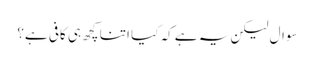
سوال لیکن یہ ہے کہ کیا اتنا کچھ ہی کافی ہے؟